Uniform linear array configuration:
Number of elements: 12
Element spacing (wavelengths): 0.5
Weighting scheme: cosine
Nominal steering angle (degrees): -15
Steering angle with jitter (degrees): -15.776
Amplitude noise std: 0.05
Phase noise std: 0.05

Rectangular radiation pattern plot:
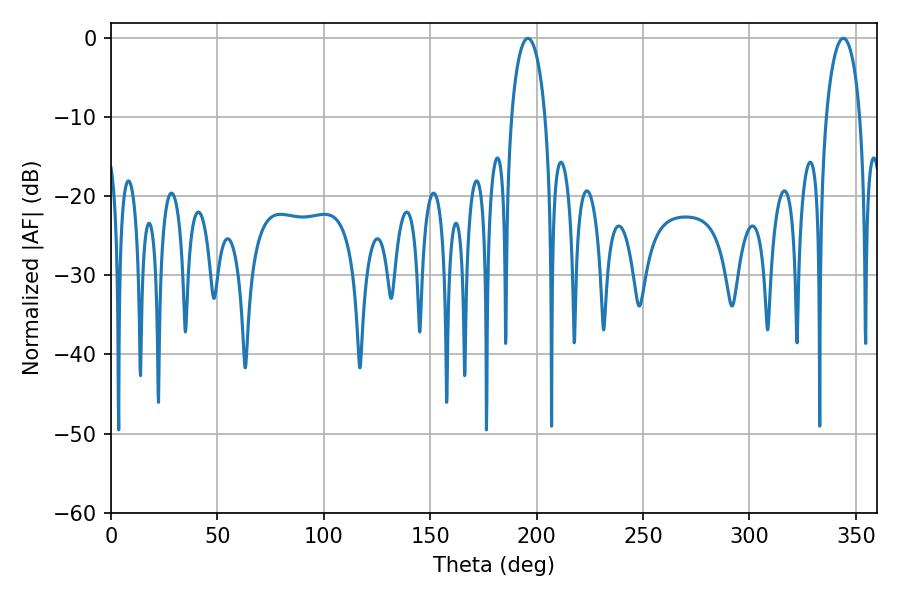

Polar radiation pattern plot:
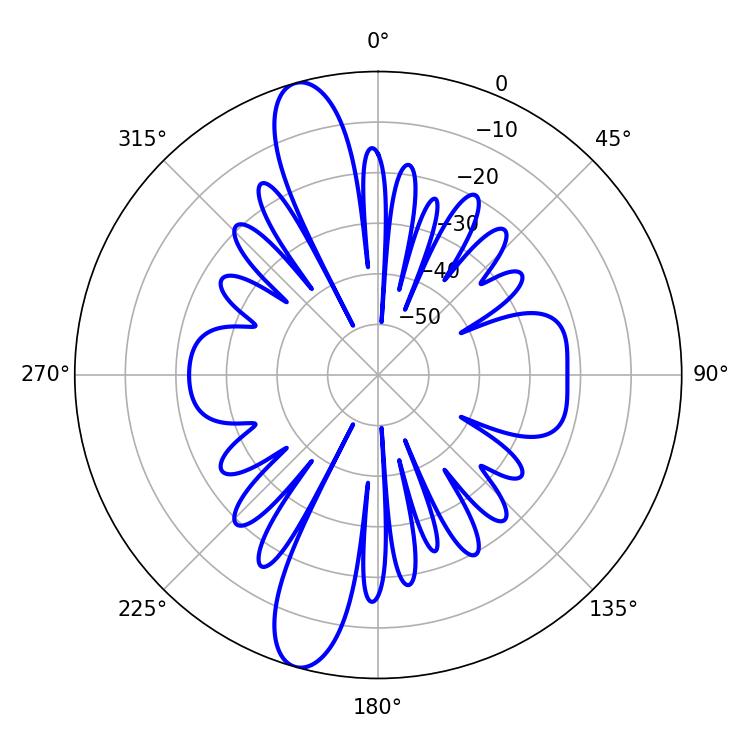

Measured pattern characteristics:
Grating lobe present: FALSE
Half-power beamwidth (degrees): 9.18
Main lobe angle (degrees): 195.84